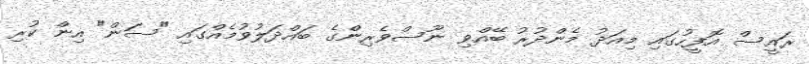
ރައީސް އޮފީހުގައި މިއަދު މެންދުރު ބޭއްވި ނޫސްވެރިންގެ ބައްދަލުވުމެއްގައި "ސަން" އިން ކުރި